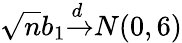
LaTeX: {\sqrt{n}}b_{1}{\xrightarrow{d}}N(0,6)